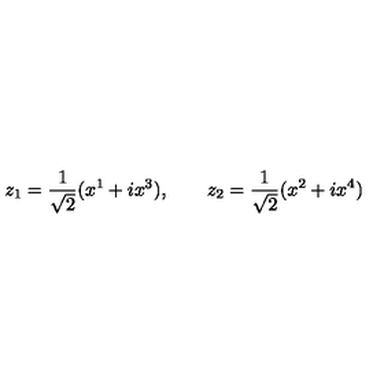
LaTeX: z _ { 1 } = \frac { 1 } { \sqrt { 2 } } ( x ^ { 1 } + i x ^ { 3 } ) , \qquad z _ { 2 } = \frac { 1 } { \sqrt { 2 } } ( x ^ { 2 } + i x ^ { 4 } )